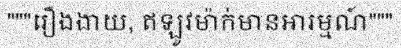
"""រឿងងាយ, ឥឡូវម៉ាក់មានអារម្មណ៍"""